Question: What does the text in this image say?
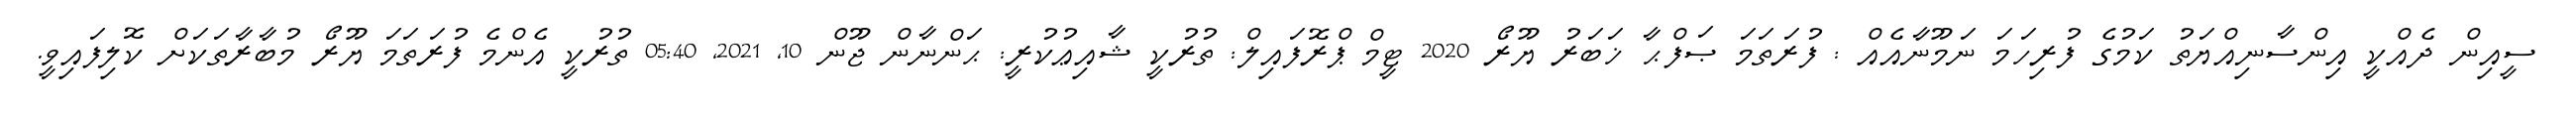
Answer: ސީއިން ދެއްކީ އިންސާނިއްޔަތު ކަމުގެ ފުރިހަމަ ނަމޫނާއެއް : ފުރަތަމަ ޞަފްޙާ ޚަބަރު ޔޫރޯ 2020 ޓީމް ޕްރޮފައިލް: ތުރުކީ ޝާއިޢުކުރީ: ޙަންނާން ޖޫން 10, 2021, 05:40 ތުރުކީ އެންމެ ފުރަތަމަ ޔޫރޯ މުބާރާތަކަށް ކޮލިފައިވީ.